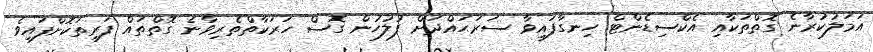
އަމަލުކުރާނެ ގޮތްތަކާއި އެކްސިޑެންޓް ހިނގާފައިވާ ސަރަޙައްދަށް ފުލުހުން ގޮސް ހަރަކާތްތެރިވާނެ ގޮތްތައް ފަރިތަކޮށްފައިވެ